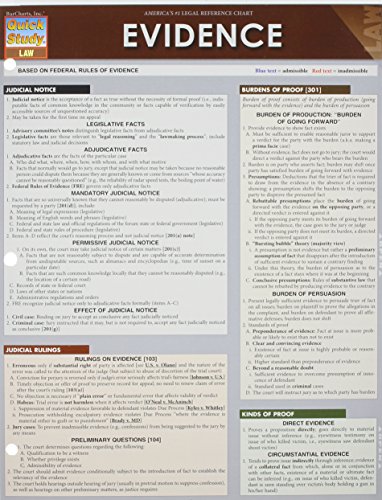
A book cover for Evidence (Quick Study: Law); Inc. BarCharts; Law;